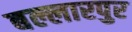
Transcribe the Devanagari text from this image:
बल्लारपुर